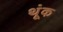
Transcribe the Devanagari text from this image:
थूंक